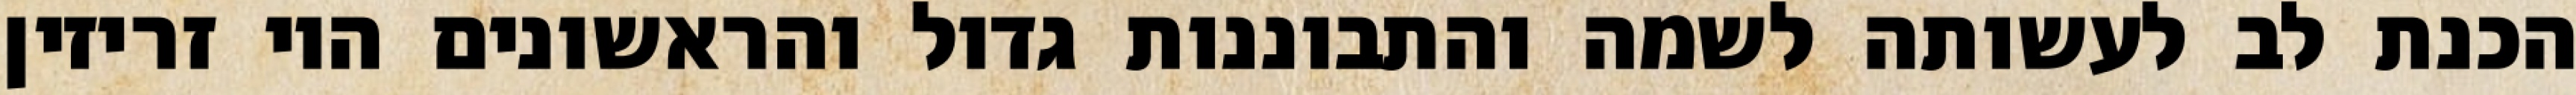
הכנת לב לעשותה לשמה והתבוננות גדול והראשונים היו זריזין